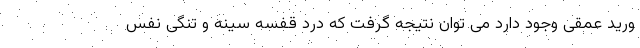
ورید عمقی وجود دارد می توان نتیجه گرفت که درد قفسه سینه و تنگی نفس